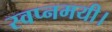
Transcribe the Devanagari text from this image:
स्वप्नमयी।